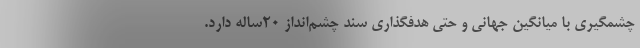
چشمگیری با میانگین جهانی و حتی هدفگذاری سند چشم‌انداز 20ساله دارد.